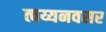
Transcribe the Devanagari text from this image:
त्वय्यनवसर